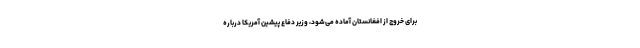
برای خروج از افغانستان آماده می‌شود، وزیر دفاع پیشین آمریکا درباره